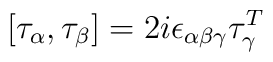
\bigl[ \tau_\alpha , \tau _\beta \bigr]  =  2 i \epsilon _{\alpha\beta \gamma} \tau_\gamma^T